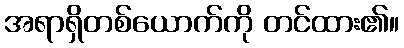
အရာရှိတစ်ယောက်ကို တင်ထား၏။